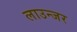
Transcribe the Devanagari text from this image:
लाउन्जर